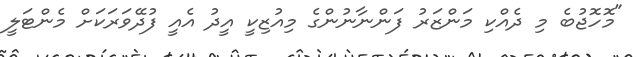
"މޮހޮޖުބެ މި ދެއްކި މަންޒަރު ފަންނާނުންގެ މިއުޒިކީ އީދު އެއީ ފުދޭވަރަކަށް މެންޓަލީ